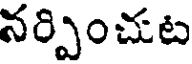
నర్పించుట